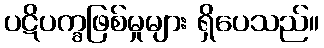
ပဋိပက္ခဖြစ်မှုများ ရှိပေသည်။